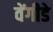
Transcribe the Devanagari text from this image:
वेंगीडे